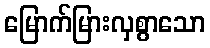
မြောက်မြားလှစွာသော